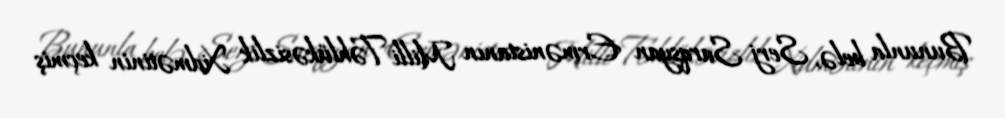
Bununla belə, Serj Sarqsyan Ermənistanın Milli Təhlükəsizlik Xidmətinin keçmiş